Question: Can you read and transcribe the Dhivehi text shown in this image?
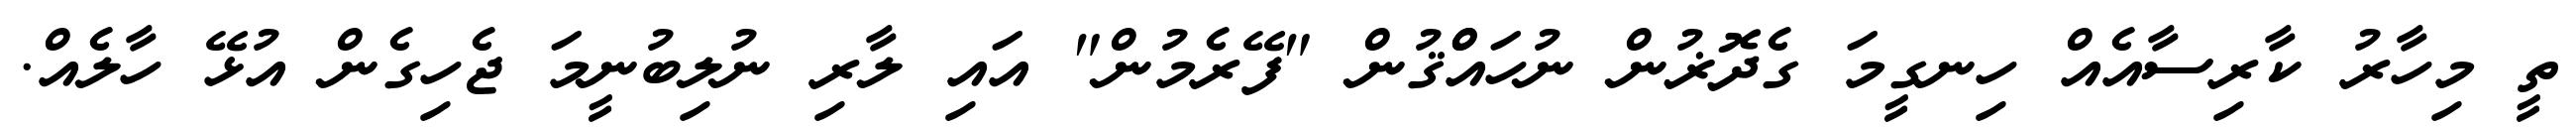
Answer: ތީ މިހާރު ކާރިސާއެއް ހިނގީމަ ގެދޮޜުން ނުހައްްޤުން "ފޭރެމުން" އައި ލާރި ނުލިބުނީމަ ޖެހިގެން އުޅޭ ހާލެއް.